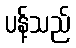
ပန့်သည်